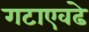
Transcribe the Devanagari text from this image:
गटाएवढे